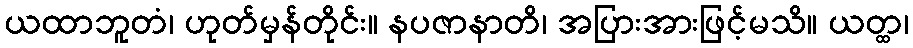
ယထာဘူတံ၊ ဟုတ်မှန်တိုင်း။ နပဇာနာတိ၊ အပြားအားဖြင့်မသိ။ ယတ္ထ၊